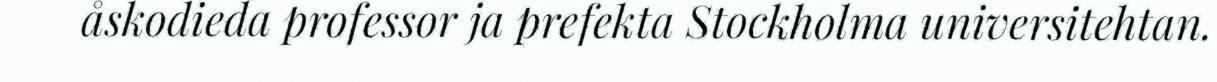
åskodieda professor ja prefekta Stockholma universitehtan.